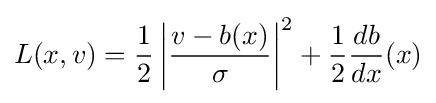
L(x,v)={\frac {1}{2}}\left|{\frac {v-b(x)}{\sigma }}\right|^{2}+{\frac {1}{2}}{\frac {db}{dx}}(x)